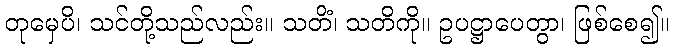
တုမှေပိ၊ သင်တို့သည်လည်း။ သတိံ၊ သတိကို။ ဥပဋ္ဌာပေတွာ၊ ဖြစ်စေ၍။